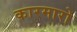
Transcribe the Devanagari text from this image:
कारमारो